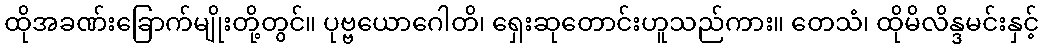
ထိုအခဏ်းခြောက်မျိုးတို့တွင်။ ပုဗ္ဗယောဂေါတိ၊ ရှေးဆုတောင်းဟူသည်ကား။ တေသံ၊ ထိုမိလိန္ဒမင်းနှင့်